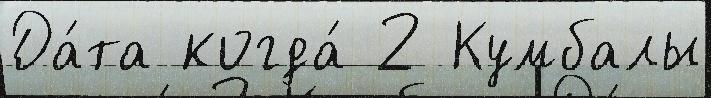
Да́та когда́ 2 Кумбалы